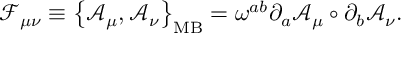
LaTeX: { \mathcal { F } } _ { \mu \nu } \equiv \left\{ { \mathcal { A } } _ { \mu } , { \mathcal { A } } _ { \nu } \right\} _ { \mathrm { M B } } = \omega ^ { a b } \partial _ { a } { \mathcal { A } } _ { \mu } \circ \partial _ { b } { \mathcal { A } } _ { \nu } .